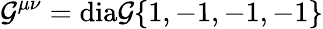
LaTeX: \mathcal{G}^{\mu\nu}=\mathrm{{{{dia\mathcal{G}}\{ 1,-1,-1,-1\} }}}